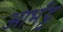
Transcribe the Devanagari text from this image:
आर्भट्ट